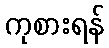
ကုစားရန်